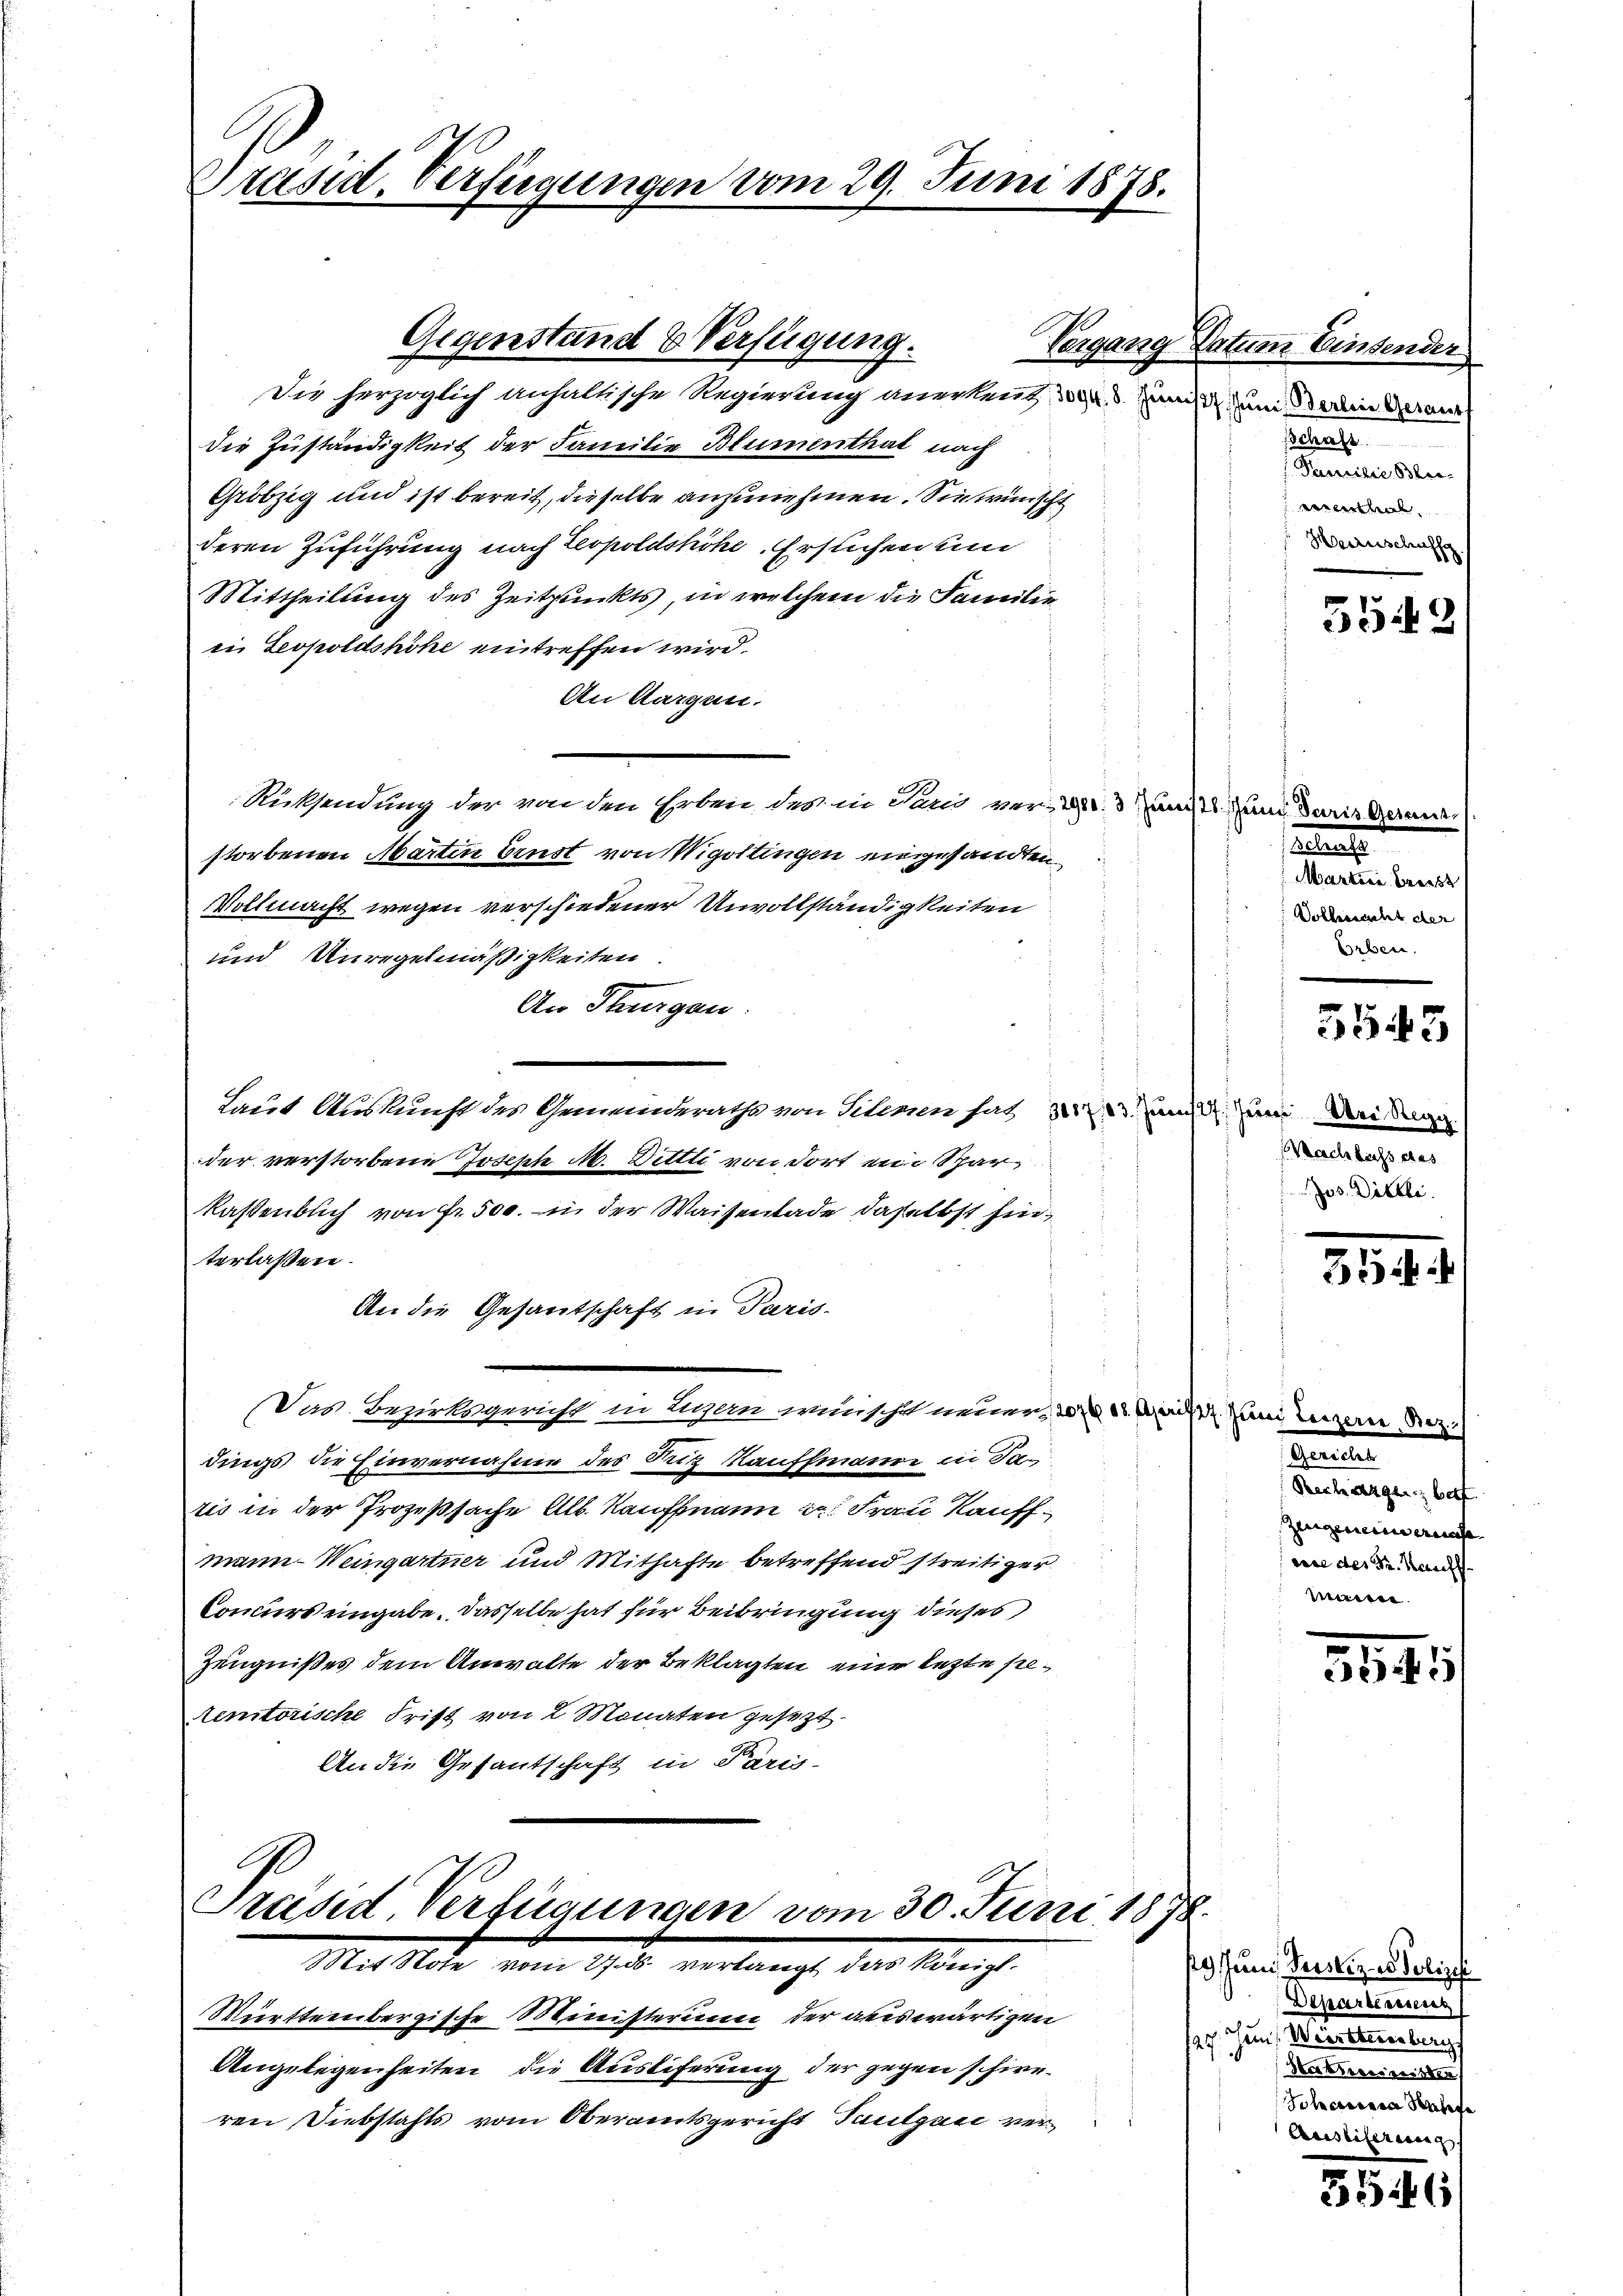
Präsid. Verfügungen vom 29. Juni 1878.

Gegenstand & Verfügung.
Du herzoglich anhaltische Regierung anerkennt, das Juni und ain derar
die Zuständigkeit der Familie Blumenthal nach
Gröbzig und ist bereit, dieselbe anzunehmen. Sie wünscht
deren Zuführung nach Leopoldshöhe. Ersuchen und
Mittheilung des Zeitpunkts, in welchem die Familie
in Leopoldshöhe eintreffen wird.
An Aargau.
Rücksendung der von den Erben des in Paris vers. 3 Janzt und daris Geraur
storbenen Martin Ernst von Wigottingen eingesandten
Vollmacht wegen verschiedener Unvollständigkeiten
und Unregelmäßigkeiten.
An Thurgau.
¬
.
Laut Auskunft des Gemeinderaths von Telenen hat 32 und um Dein
der verstorbene Joseph N. Dittti von dort ein Spar¬
Kassenbuch von Fr. 500. in der Waisenlade daselbst hinterlassen.
An die Gesantschaft in Paris
Das Bezirksgericht in Eigen wünscht neuer, 207. 18. April 1. Juni Luzern Rez.)
dings die Einvernahme des Seiz Kauffmanne in Jatis in der Prozeßsache Alb. Kaufmann in Frau Kaufmann-Weingartner und Mithafte betreffend streitiger
Coniers eingabe. Dasselbe hat für Beibringung dieses
Zeugnißes dem Anwalte der Beklagten eine lezte se¬
Remtorische Frist von 2 Monaten gesezt
An die Gesantschaft in Paris-

Mürttembergische Ministerum der auswärtigen
Angelegenheiten, die Ausliferung der gegen schieren Diebstahls vom Oberamtsgericht Taulgari ver¬

Präsid. Verfügungen vom 30. Juni 1878.
MMit Note vom 27. ds. verlangt, das Königl.

Vergang Datum Einsender
sschrift
Pensilie Blei-
eenthal
Herinschaff

55 2/

e
Martier breist
 Wolle sicht der
Erben.

5545

Nachlasseres
Jos. Dietli.

35:

Seiten
Rechargen, bett.
Zungenein ernsa- |
eire der Sr. Kauff
iieren

3546

pg. Juni derstiz in Polizeisi
Departeriens
27. Jun. Württemberg
Harrierenisten
Schadena Schif
Ausliferans

3546